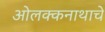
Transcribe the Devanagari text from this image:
ओलक्कनाथाचे